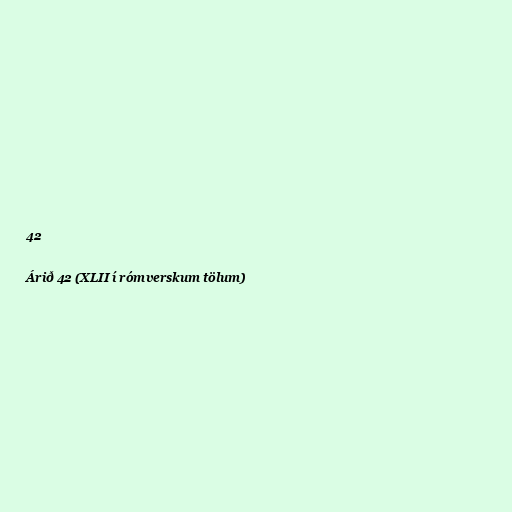
42

Árið 42 (XLII í rómverskum tölum)